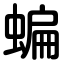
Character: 蝙